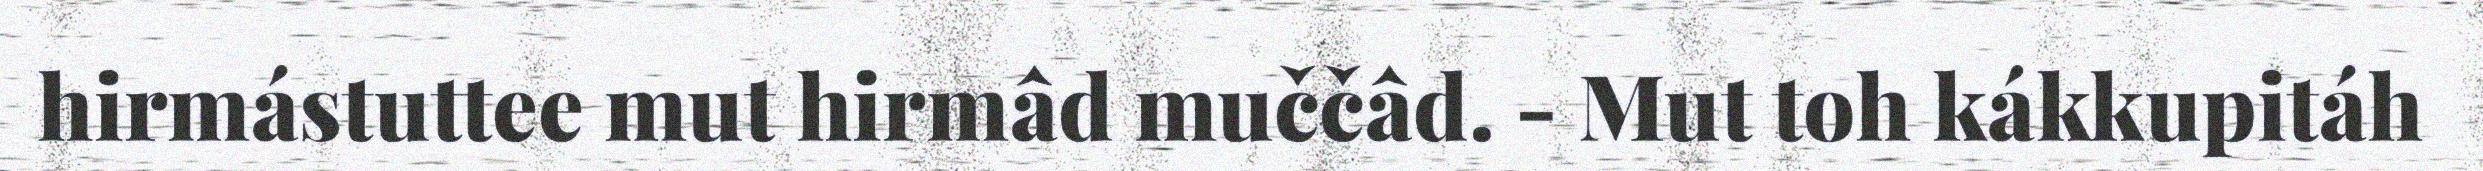
hirmástuttee mut hirmâd muččâd. - Mut toh kákkupitáh